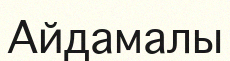
Айдамалы